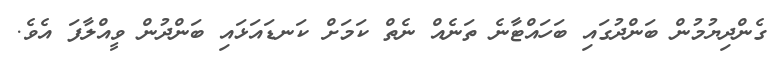
ގެންދިޔުމުން ބަންދުގައި ބަހައްޓާނެ ތަނެއް ނެތް ކަމަށް ކަނޑައަޅައި ބަންދުން ވީއްލާފަ އެވެ.